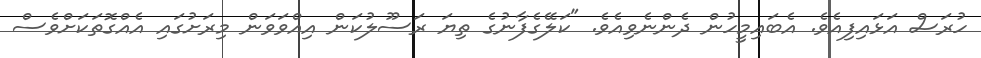
ހުރަސް އަޅައިފިއެވެ. އެބައިމީހުން ދެންނެވިއެވެ. "ކަލޭގެފާނުގެ ތިޔަ ރަސޫލުކަން އިއްވަވަން މިރަށުގައި އެއްގޮތަކަށްވެސް